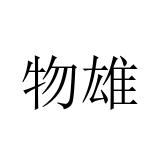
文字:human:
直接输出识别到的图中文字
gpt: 物雄